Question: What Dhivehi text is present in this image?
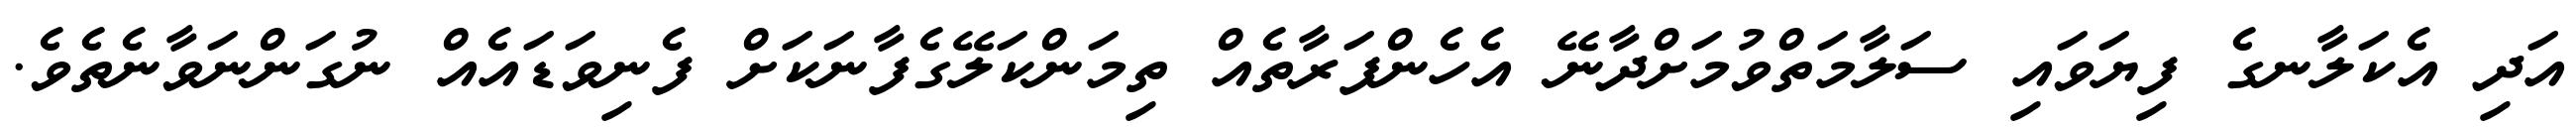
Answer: އަދި އެކަލާނގެ ފިޔަވައި ސަލާމަތްވުމަށްދާނޭ އެހެންފަރާތެއް ތިމަންކަލޭގެފާނަކަށް ފެނިވަޑައެއް ނުގަންނަވާނެތެވެ.